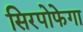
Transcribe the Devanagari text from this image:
सिरपोफेगा